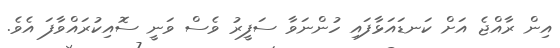
އިން ރާއްޖެ އަށް ކަނޑައަޅާފައި ހުންނަވާ ސަފީރު ވެސް ވަނީ ސޮއިކުރައްވާފަ އެވެ.